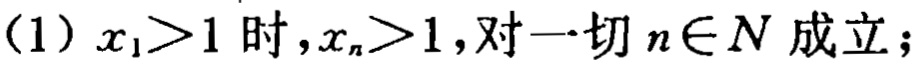
(1) \(x_{1}>1\) 时，\(x_{n}>1\)，对一切 \(n\in N\) 成立；